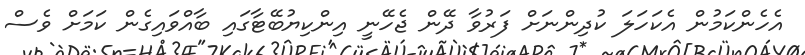
އެހެންކަމުން އެކަހަލަ ކުދިންނަށް ފަރުވާ ދޭން ޖެހޭނީ އިންކިޔުބޭޓާގައި ބާއްވައިގެން ކަމަށް ވެސް